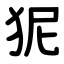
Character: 狔